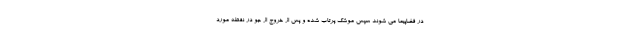
در فضاپیما می شوند سپس موشک پرتاب شده و پس از خروج از جو در نقطه مورد